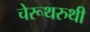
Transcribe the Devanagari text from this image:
चेरूथरुथी